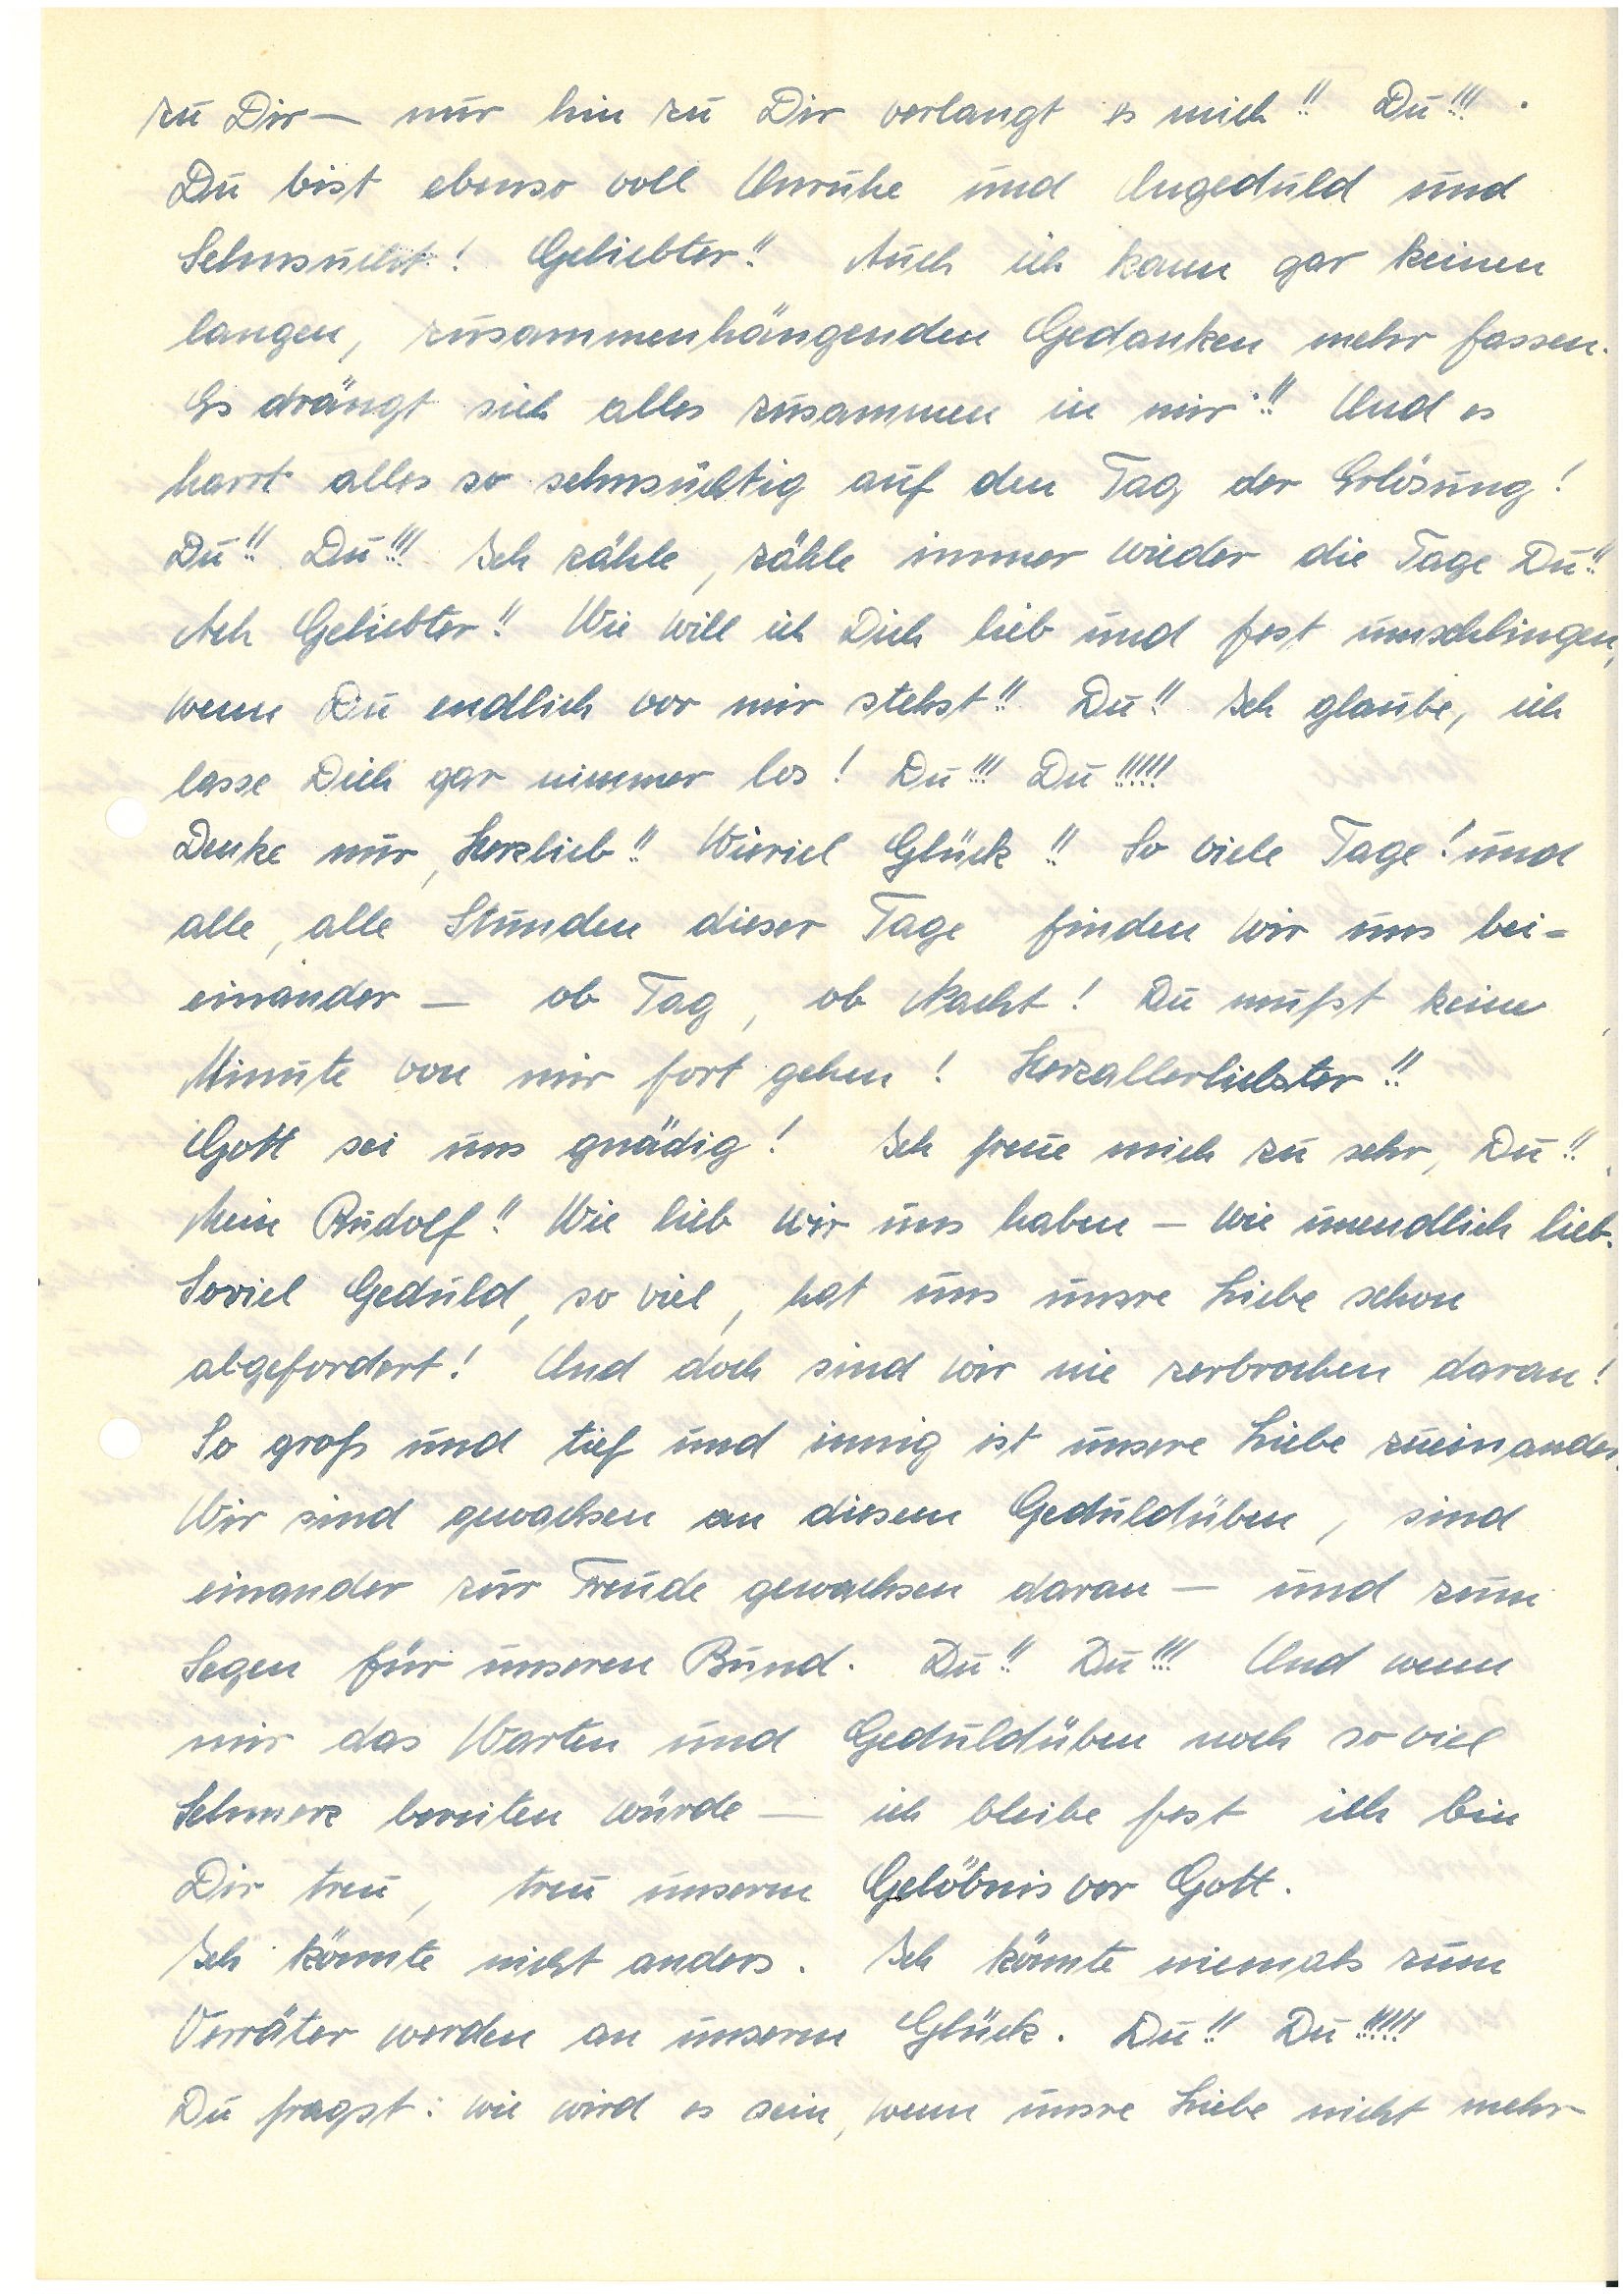
zu Dir – nur hin zu Dir verlangt es mich!! Du!!!
Du bist ebenso voll Unruhe und Ungeduld und
Sehnsucht! Geliebter!! Auch ich kann gar keinen
langen, zusammenhängenden Gedanken mehr fassen.
Es drängt sich alles zusammen in mir!! Und es
harrt alles so sehnsüchtig auf den Tag der Erlösung!
Du!! Du!!! Ich zähle, zähle immer wieder die Tage Du!!
Ach Geliebter!! Wie will ich Dich lieb und fest umschlingen,
wenn Du endlich vor mir stehst!! Du!! Ich glaube, ich
lasse Dich gar nimmer los! Du!!! Du!!!!!
Denke nur, Herzlieb!! Wieviel Glück!! So viele Tage! und
alle, alle Stunden dieser Tage finden wir uns bei¬
einander – ob Tag, ob Nacht! Du mußt keine
Minute von mir fort gehen! Herzallerliebster!!
Gott sei uns gnädig! Ich freue mich zu sehr, Du!!
Mein !! Wie lieb wir uns haben – wie unendlich lieb.
Soviel Geduld, so viel, hat uns unsre Liebe schon
abgefordert! Und doch sind wir nie zerbrochen daran!
So groß und tief und innig ist unsere Liebe zueinander.
Wir sind gewachsen an diesem Geduldüben, sind
einander zur Freude gewachsen daran – und zum
Segen für unseren Bund. Du!! Du!!! Und wenn
mir das Warten und Geduldüben noch so viel
Schmerz bereiten würde – ich bleibe fest ich bin
Dir treu, treu unserm Gelöbnis vor Gott.
Ich könnte nicht anders. Ich könnte niemals zum
Verräter werden an unserm Glück. Du!! Du!!!!!
Du fragst: wie wird es sein, wenn unsre Liebe nicht mehr